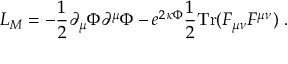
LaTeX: L _ { M } = - \frac { 1 } { 2 } \partial _ { \mu } \Phi \partial ^ { \mu } \Phi - e ^ { 2 \kappa \Phi } \frac { 1 } { 2 } \mathrm { T r } ( F _ { \mu \nu } F ^ { \mu \nu } ) \ .